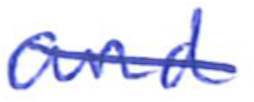
Text: and
Cross-out: diagonal
Writing tool: ballpoint